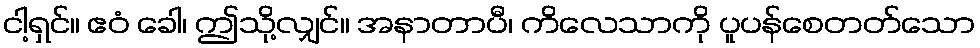
ငါ့ရှင်။ ဧဝံ ခေါ၊ ဤသို့လျှင်။ အနာတာပီ၊ ကိလေသာကို ပူပန်စေတတ်သော